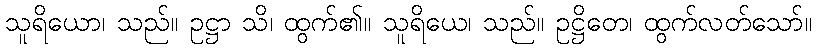
သူရိယော၊ သည်။ ဥဋ္ဌာ သိ၊ ထွက်၏။ သူရိယေ၊ သည်။ ဥဋ္ဌိတေ၊ ထွက်လတ်သော်။